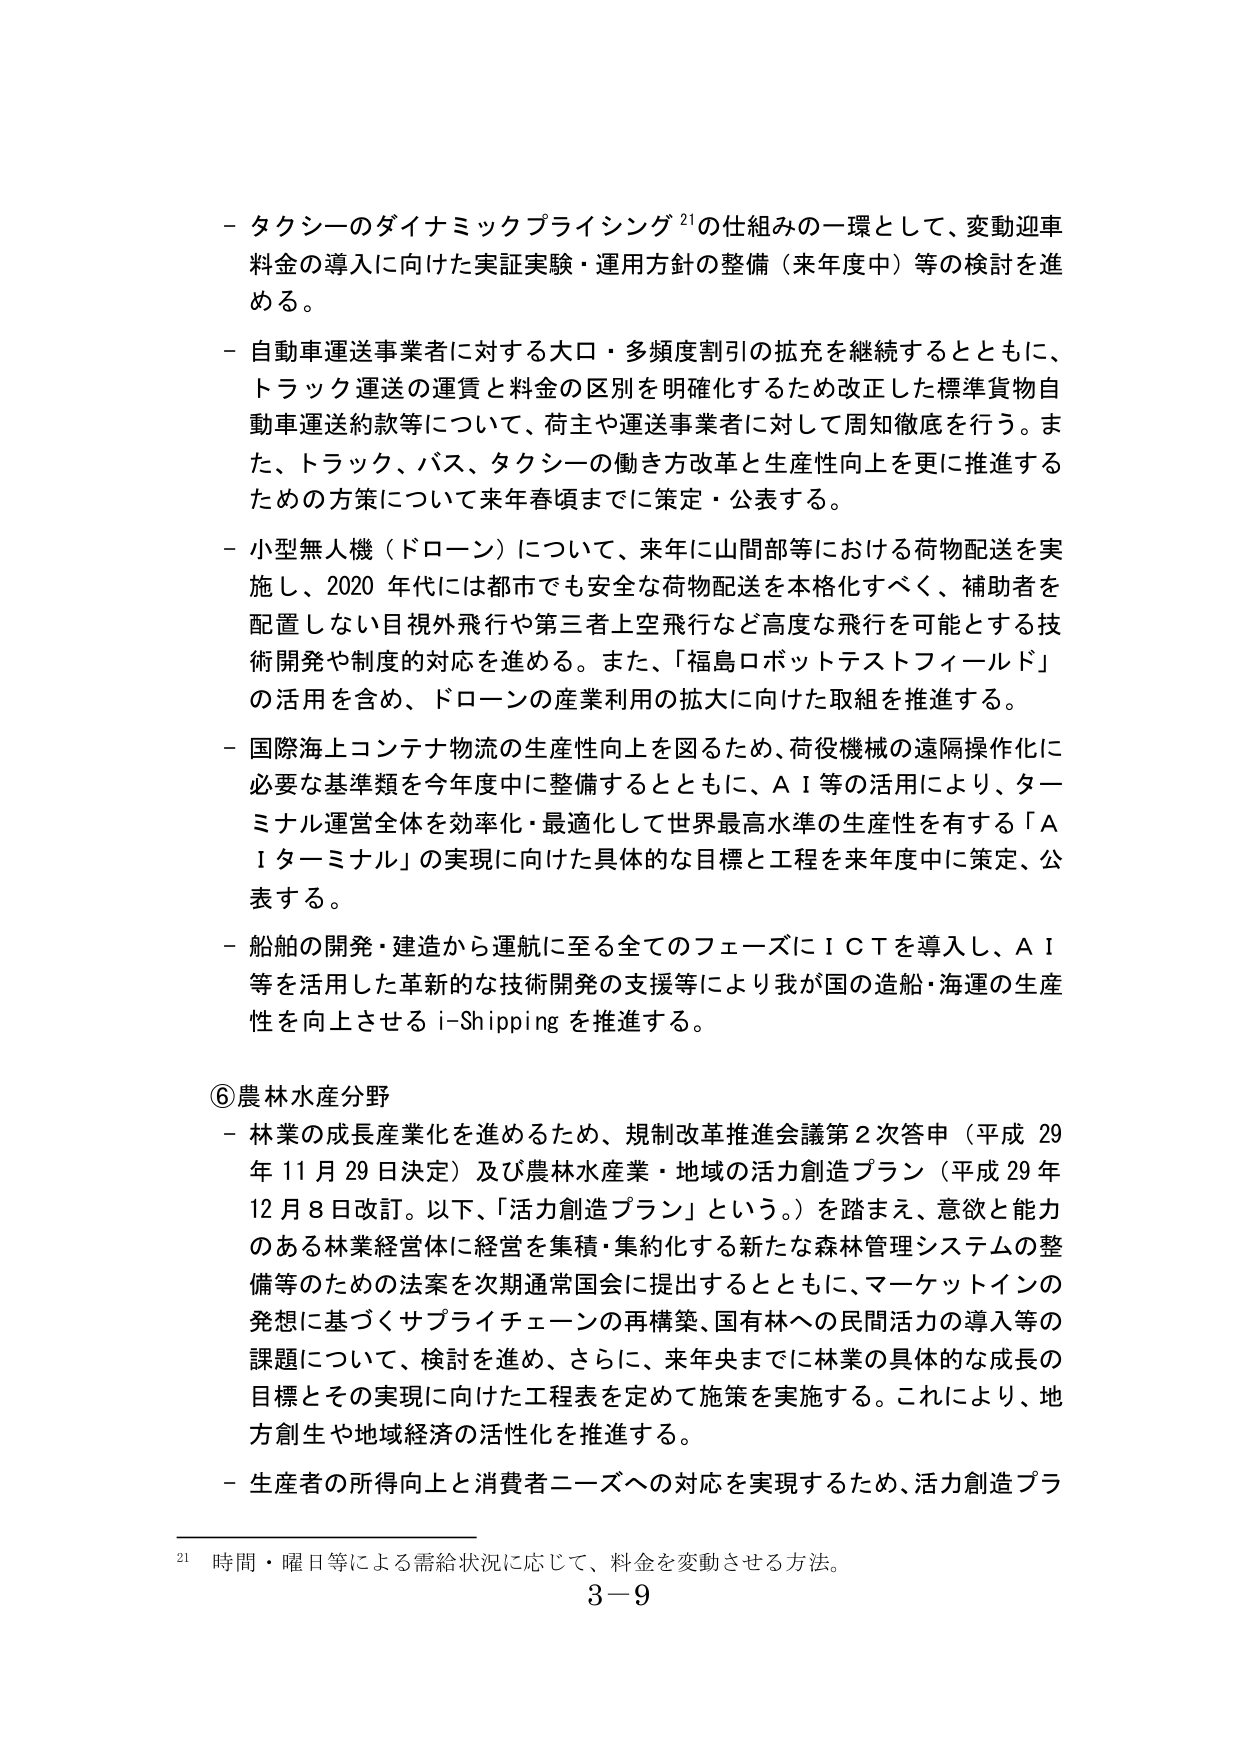
- タクシーのダイナミックプライシング²¹の仕組みの一環として、変動迎車料金の導入に向けた実証実験・運用方針の整備（来年度中）等の検討を進める。

- 自動車運送事業者に対する大口・多頻度割引の拡充を継続するとともに、トラック運送の運賃と料金の区別を明確化するため改正した標準貨物自動車運送約款等について、荷主や運送事業者に対して周知徹底を行う。また、トラック、バス、タクシーの働き方改革と生産性向上を更に推進するための方策について来年春頃までに策定・公表する。

- 小型無人機（ドローン）について、来年に山間部等における荷物配送を実施し、2020年代には都市でも安全な荷物配送を本格化すべく、補助者を配置しない目視外飛行や第三者上空飛行など高度な飛行を可能とする技術開発や制度の対応を進める。また、「福島ロボットテストフィールド」の活用を含め、ドローンの産業利用の拡大に向けた取組を推進する。

- 国際海上コンテナ物流の生産性向上を図るため、荷役機械の遠隔操作化に必要な基準類を今年度中に整備するとともに、AI等の活用により、ターミナル運営全体を効率化・最適化して世界最高水準の生産性を有する「AIターミナル」の実現に向けた具体的な目標と工程を来年度中に策定、公表する。

- 船舶の開発・建造から運航に至る全てのフェーズにICTを導入し、AI等を活用した革新的な技術開発の支援等により我が国の造船・海運の生産性を向上させるi-Shippingを推進する。

⑥農林水産分野

- 林業の成長産業化を進めるため、規制改革推進会議第2次答申（平成29年11月29日決定）及び農林水産業・地域の活力創造プラン（平成29年12月8日改訂。以下、「活力創造プラン」という。）を踏まえ、意欲と能力のある林業経営体に経営を集積・集約化する新たな森林管理システムの整備等のための法案を次期通常国会に提出するとともに、マーケットインの発想に基づくサプライチェーンの再構築、国有林への民間活力の導入等の課題について、検討を進め、さらに、来年央までに林業の具体的な成長の目標とその実現に向けた工程表を定めて施策を実施する。これにより、地方創生や地域経済の活性化を推進する。

- 生産者の所得向上と消費者ニーズへの対応を実現するため、活力創造プラ

²¹ 時間・曜日等による需給状況に応じて、料金を変動させる方法。

3－9